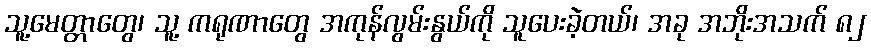
သူ့မေတ္တာတွေ၊ သူ့ ကရုဏာတွေ အကုန်လွမ်းနွယ်ကို သူပေးခဲ့တယ်၊ အခု အဘိုးအသက် ၈၂